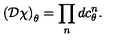
\left( { \cal D } \chi \right) _ { \theta } = \prod _ { n } d c _ { \theta } ^ { n } .